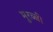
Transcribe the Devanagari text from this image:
मुरब्बी